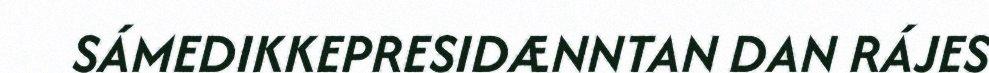
SÁMEDIKKEPRESIDÆNNTAN DAN RÁJES